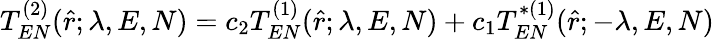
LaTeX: T_{EN}^{(2)}(\hat{r};\lambda,E,N)=c_{2}T_{EN}^{(1)}(\hat{r};\lambda,E,N)+c_{1}T_{EN}^{*(1)}(\hat{r};-\lambda,E,N)